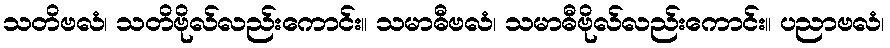
သတိဗလံ၊ သတိဗိုလ်လည်းကောင်း။ သမာဓီဗလံ၊ သမာဓီဗိုလ်လည်းကောင်း။ ပညာဗလံ၊